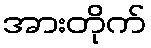
အားတိုက်